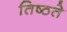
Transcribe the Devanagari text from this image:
तिष्ठते